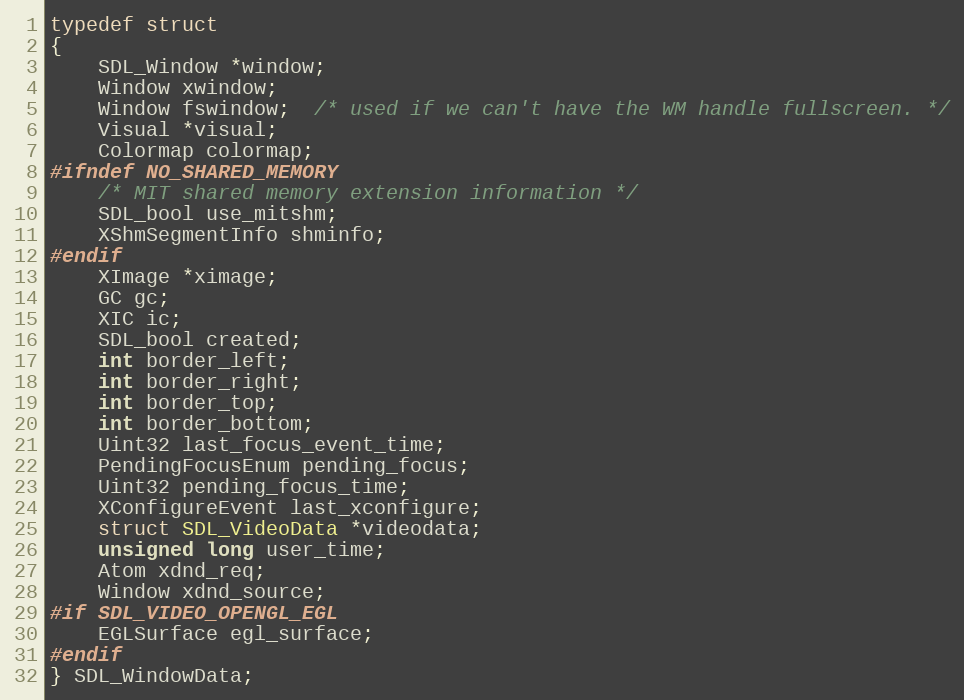
Language: C
typedef struct
{
    SDL_Window *window;
    Window xwindow;
    Window fswindow;  /* used if we can't have the WM handle fullscreen. */
    Visual *visual;
    Colormap colormap;
#ifndef NO_SHARED_MEMORY
    /* MIT shared memory extension information */
    SDL_bool use_mitshm;
    XShmSegmentInfo shminfo;
#endif
    XImage *ximage;
    GC gc;
    XIC ic;
    SDL_bool created;
    int border_left;
    int border_right;
    int border_top;
    int border_bottom;
    Uint32 last_focus_event_time;
    PendingFocusEnum pending_focus;
    Uint32 pending_focus_time;
    XConfigureEvent last_xconfigure;
    struct SDL_VideoData *videodata;
    unsigned long user_time;
    Atom xdnd_req;
    Window xdnd_source;
#if SDL_VIDEO_OPENGL_EGL
    EGLSurface egl_surface;
#endif
} SDL_WindowData;